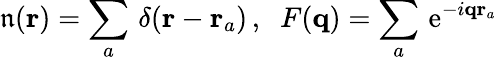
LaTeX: \mathfrak{n}({\mathbf{r}})=\sum_{a}\, \delta({\mathbf{r}}-{\mathbf{r}}_{a})\, ,\; \; F({\mathbf{q}})=\sum_{a}\, \mathrm{{e}}^{-i{\mathbf{q}}{\mathbf{r}}_{a}}